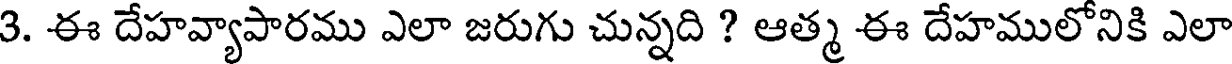
3. ఈ దేహవ్యాపారము ఎలా జరుగు చున్నది ? ఆత్మ ఈ దేహములోనికి ఎలా